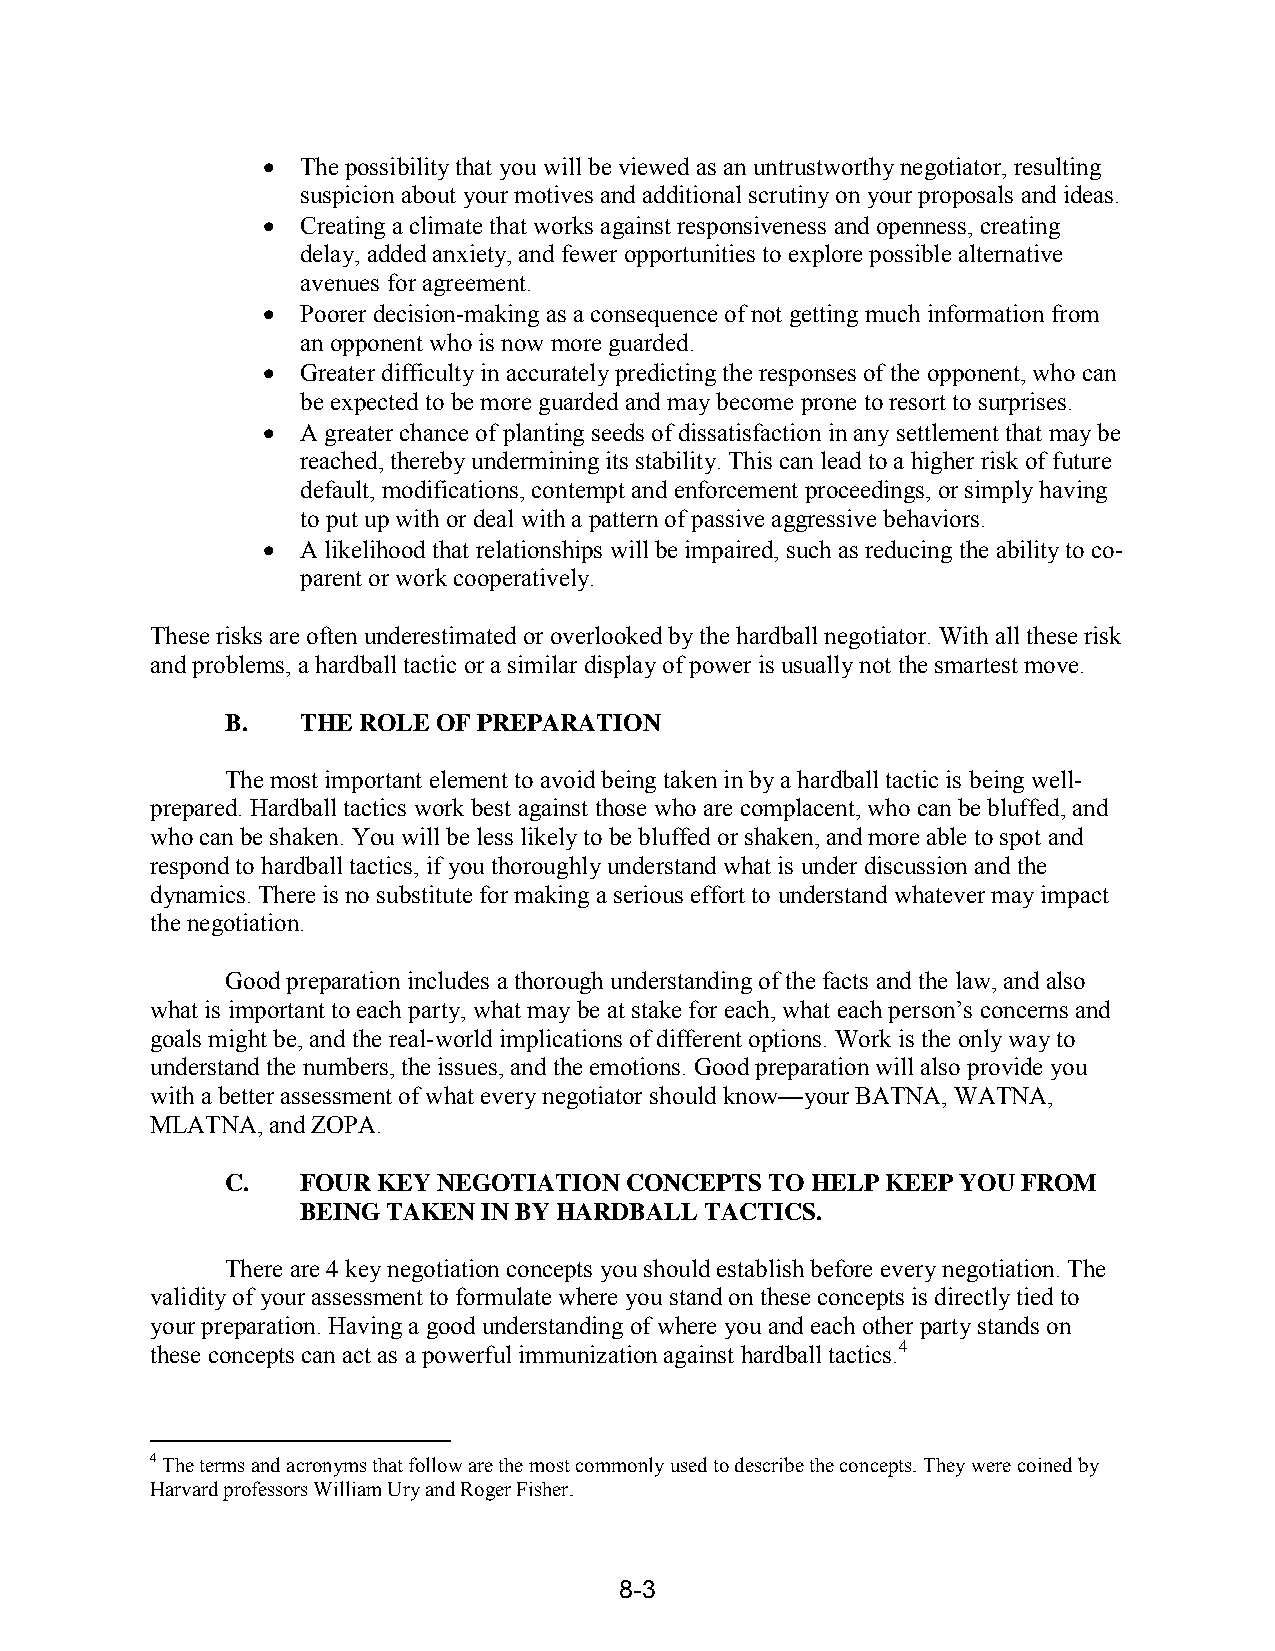
  The possibility that you will be viewed as an untrustworthy negotiator, resulting
 suspicion about your motives and additional scrutiny on your proposals and ideas.
   Creating a climate that works against responsiveness and openness, creating
 delay, added anxiety, and fewer opportunities to explore possible alternative
 avenues for agreement.
   Poorer decision-making as a consequence of not getting much information from
 an opponent who is now more guarded.
   Greater difficulty in accurately predicting the responses of the opponent, who can
 be expected to be more guarded and may become prone to resort to surprises.
   A greater chance of planting seeds of dissatisfaction in any settlement that may be
 reached, thereby undermining its stability. This can lead to a higher risk of future
 default, modifications, contempt and enforcement proceedings, or simply having
 to put up with or deal with a pattern of passive aggressive behaviors.
   A likelihood that relationships will be impaired, such as reducing the ability to co-
 parent or work cooperatively.
 These risks are often underestimated or overlooked by the hardball negotiator. With all these risk
 and problems, a hardball tactic or a similar display of power is usually not the smartest move.
 B.   THE ROLE OF PREPARATION
 The most important element to avoid being taken in by a hardball tactic is being well-
 prepared. Hardball tactics work best against those who are complacent, who can be bluffed, and
 who can be shaken. You will be less likely to be bluffed or shaken, and more able to spot and
 respond to hardball tactics, if you thoroughly understand what is under discussion and the
 dynamics. There is no substitute for making a serious effort to understand whatever may impact
 the negotiation.
 Good preparation includes a thorough understanding of the facts and the law, and also
 what is important to each party, what may be at stake for each, what each person’s concerns and
 goals might be, and the real-world implications of different options. Work is the only way to
 understand the numbers, the issues, and the emotions. Good preparation will also provide you
 with a better assessment of what every negotiator should know—your BATNA, WATNA,
 MLATNA, and ZOPA.
 C.   FOUR KEY NEGOTIATION CONCEPTS  TO HELP KEEP YOU FROM
 BEING TAKEN IN BY HARDBALL TACTICS.
 There are 4 key negotiation concepts you should establish before every negotiation. The
 validity of your assessment to formulate where you stand on these concepts is directly tied to
 your preparation. Having a good understanding of where you and each other party stands on
 these concepts can act as a powerful immunization against hardball tactics.4
 4 The terms and acronyms that follow are the most commonly used to describe the concepts. They were coined by
 Harvard professors William Ury and Roger Fisher.
 8-3